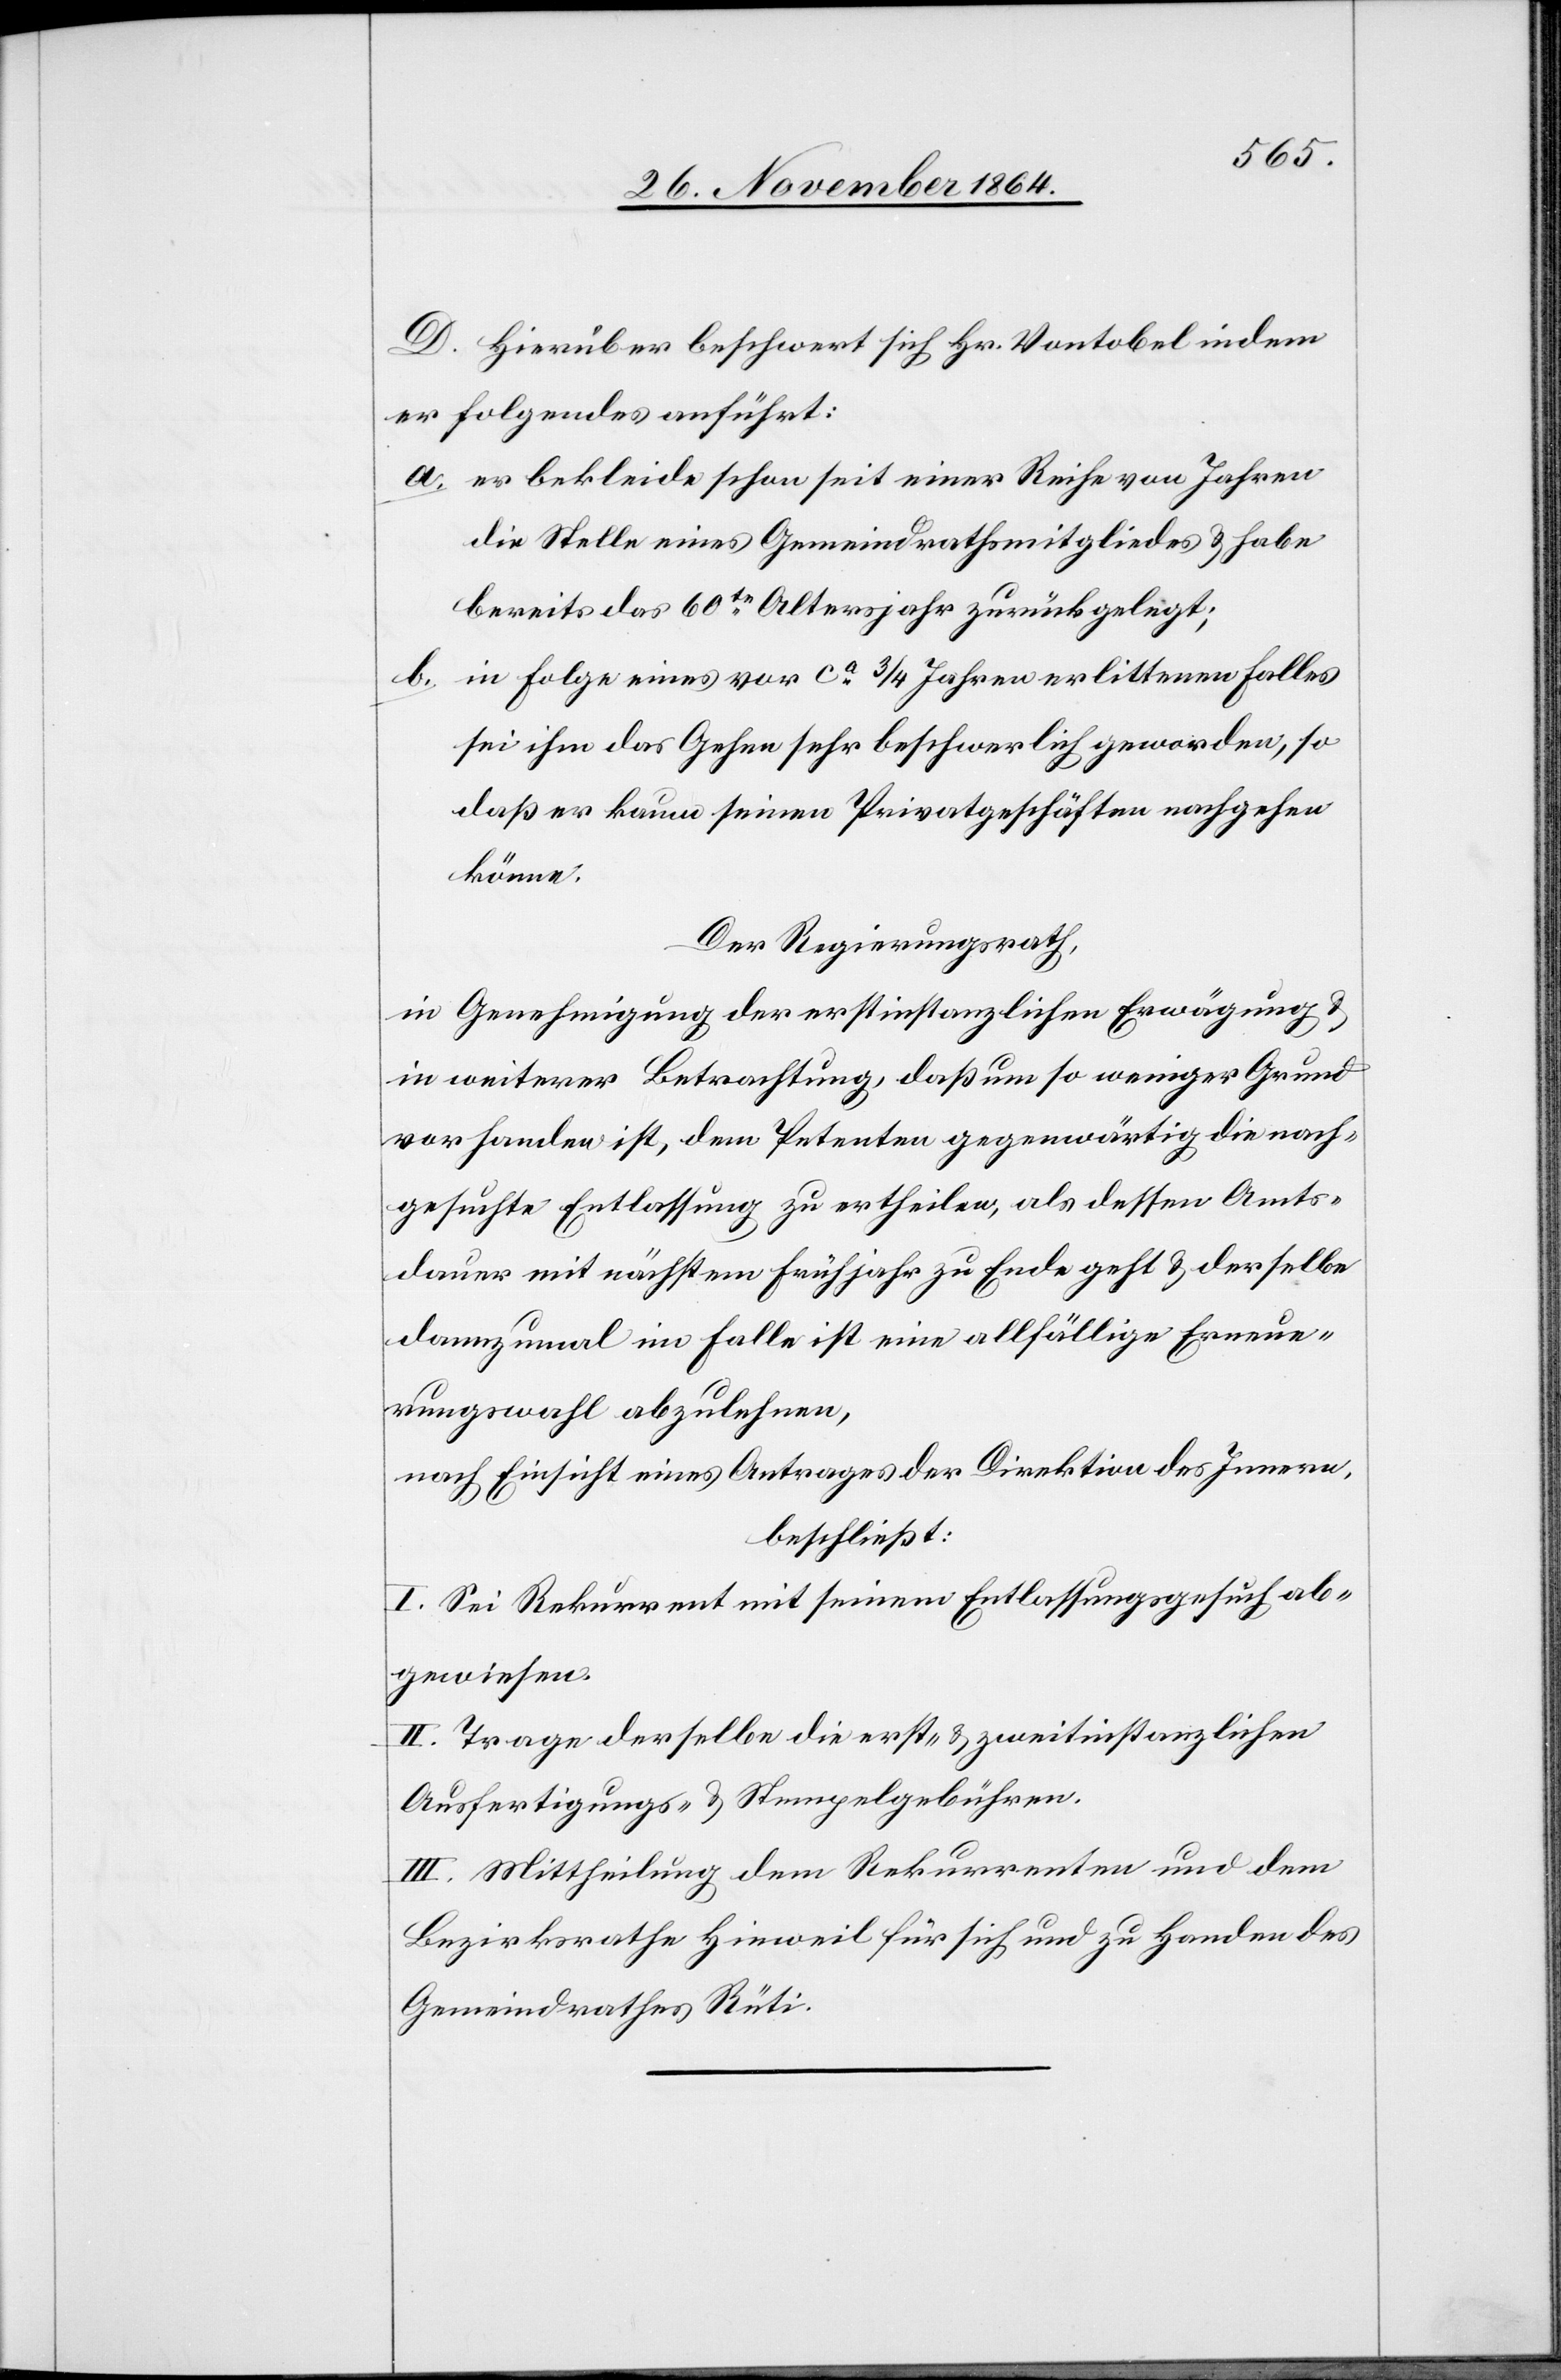
D. Hierüber beschwert sich Hr. Vontobel indem
er folgendes anführt:
a. er bekleide schon seit einer Reihe von Jahren
die Stelle eines Gemeindrathsmitgliedes & habe
bereits das 60te Altersjahr zurückgelegt.
b. in Folge eines vor ca 3/4 Jahren erlittenen Falles
sei ihm das Gehen sehr beschwerlich geworden, so
daß er kaum seinen Privatgeschäften nachgehen
könne.
Der Regierungsrath,
in Genehmigung der erstinstanzlichen Erwägung &
in weiterer Betrachtung, daß um so weniger Grund
vorhanden ist, dem Petenten gegenwärtig die nach¬
gesuchte Entlassung zu ertheilen, als dessen Amts¬
dauer mit nächstem Frühjahr zu Ende geht & derselbe
dannzumal im Falle ist eine allfällige Erneue¬
rungswahl abzulehnen,
nach Einsicht eines Antrages der Direktion des Innern,
beschließt:
I. Sei Rekurrent mit seinem Entlassungsgesuch ab¬
gewiesen.
II. Trage derselbe die erst- & zweitinstanzlichen
Ausfertigungs- & Stempelgebühren.
III. Mittheilung dem Rekurrenten und dem
Bezirksrathe Hinweil für sich und zu Handen des
Gemeindrathes Rüti.